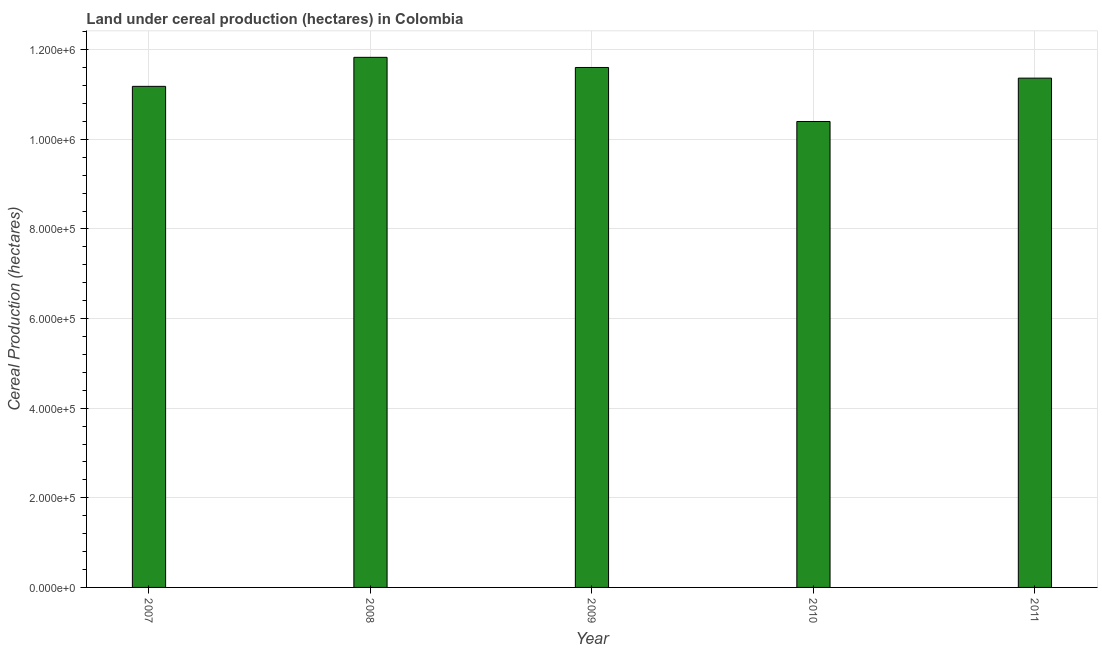
| Year | Land under cereal production (hectares) |
 | --- | --- |
 | 2007 | 1.12e+06 |
 | 2008 | 1.18e+06 |
 | 2009 | 1.16e+06 |
 | 2010 | 1.04e+06 |
 | 2011 | 1.14e+06 |